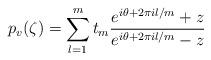
LaTeX: \begin{align*}p_v(\zeta)=\sum_{l=1}^m t_m \frac{e^{i\theta+2\pi i l/m}+z}{e^{i\theta+2\pi i l/m}-z}\end{align*}